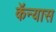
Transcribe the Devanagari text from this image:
कॅन्यास